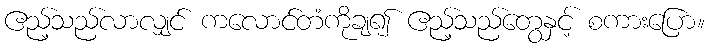
ဧည့်သည်လာလျှင် ကလောင်တံကိုချ၍ ဧည့်သည်တွေနှင့် စကားပြော။